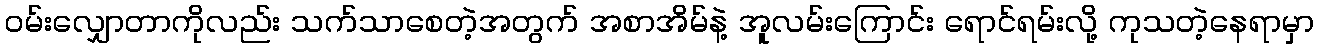
ဝမ်းလျှောတာကိုလည်း သက်သာစေတဲ့အတွက် အစာအိမ်နဲ့ အူလမ်းကြောင်း ရောင်ရမ်းလို့ ကုသတဲ့နေရာမှာ